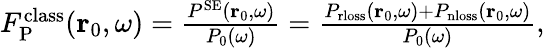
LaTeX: \begin{array}{r}{F_{\mathrm{P}}^{\mathrm{class}}(\mathbf{r}_{0},\omega)=\frac{P^{\mathrm{SE}}({\mathbf r}_{0},\omega)}{P_{0}(\omega)}=\frac{P_{\mathrm{rloss}}(\mathbf{r}_{0},\omega)+P_{\mathrm{nloss}}(\mathbf{r}_{0},\omega)}{P_{0}({\omega})},}\end{array}